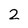
Character: 2